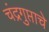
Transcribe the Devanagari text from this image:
चंद्रगुप्ताचे